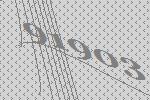
91903